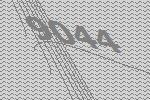
9044